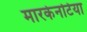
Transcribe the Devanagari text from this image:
मारकेनटिया